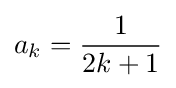
a_{k}={\frac {1}{2k+1}}